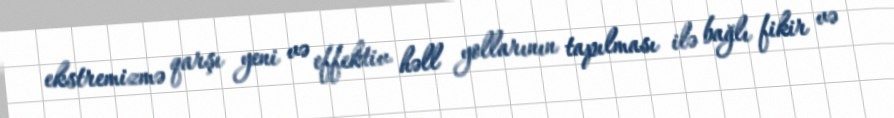
ekstremizmə qarşı yeni və effektiv həll yollarının tapılması ilə bağlı fikir və